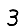
Digit: 3